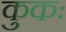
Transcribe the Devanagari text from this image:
कुकः